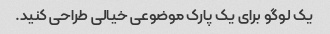
یک لوگو برای یک پارک موضوعی خیالی طراحی کنید.